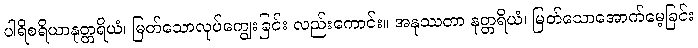
ပါရိစရိယာနုတ္တရိယံ၊ မြတ်သောလုပ်ကျွေးခြင်း လည်းကောင်း။ အနုဿတာ နုတ္တရိယံ၊ မြတ်သောအောက်မေ့ခြင်း